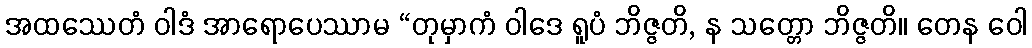
အထဿေတံ ဝါဒံ အာရောပေဿာမ “တုမှာကံ ဝါဒေ ရူပံ ဘိဇ္ဇတိ, န သတ္တော ဘိဇ္ဇတိ။ တေန ဝေါ